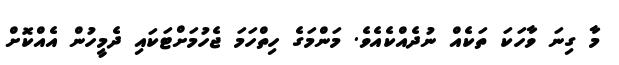
މާ ގިނަ ވާހަކަ ތަކެއް ނުދެއްކެއެވެ. މަންމަގެ ހިތްހަމަ ޖެހުމަށްޓަކައި ދެމީހުން އެއްކޮށް